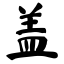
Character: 盖